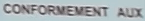
CONFORMEMENT AUX